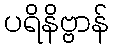
ပရိနိဗ္ဗာန်